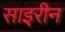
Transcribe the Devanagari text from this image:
साइरीन